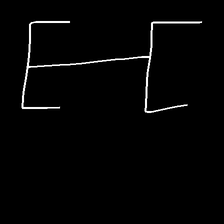
Glyph: entwine